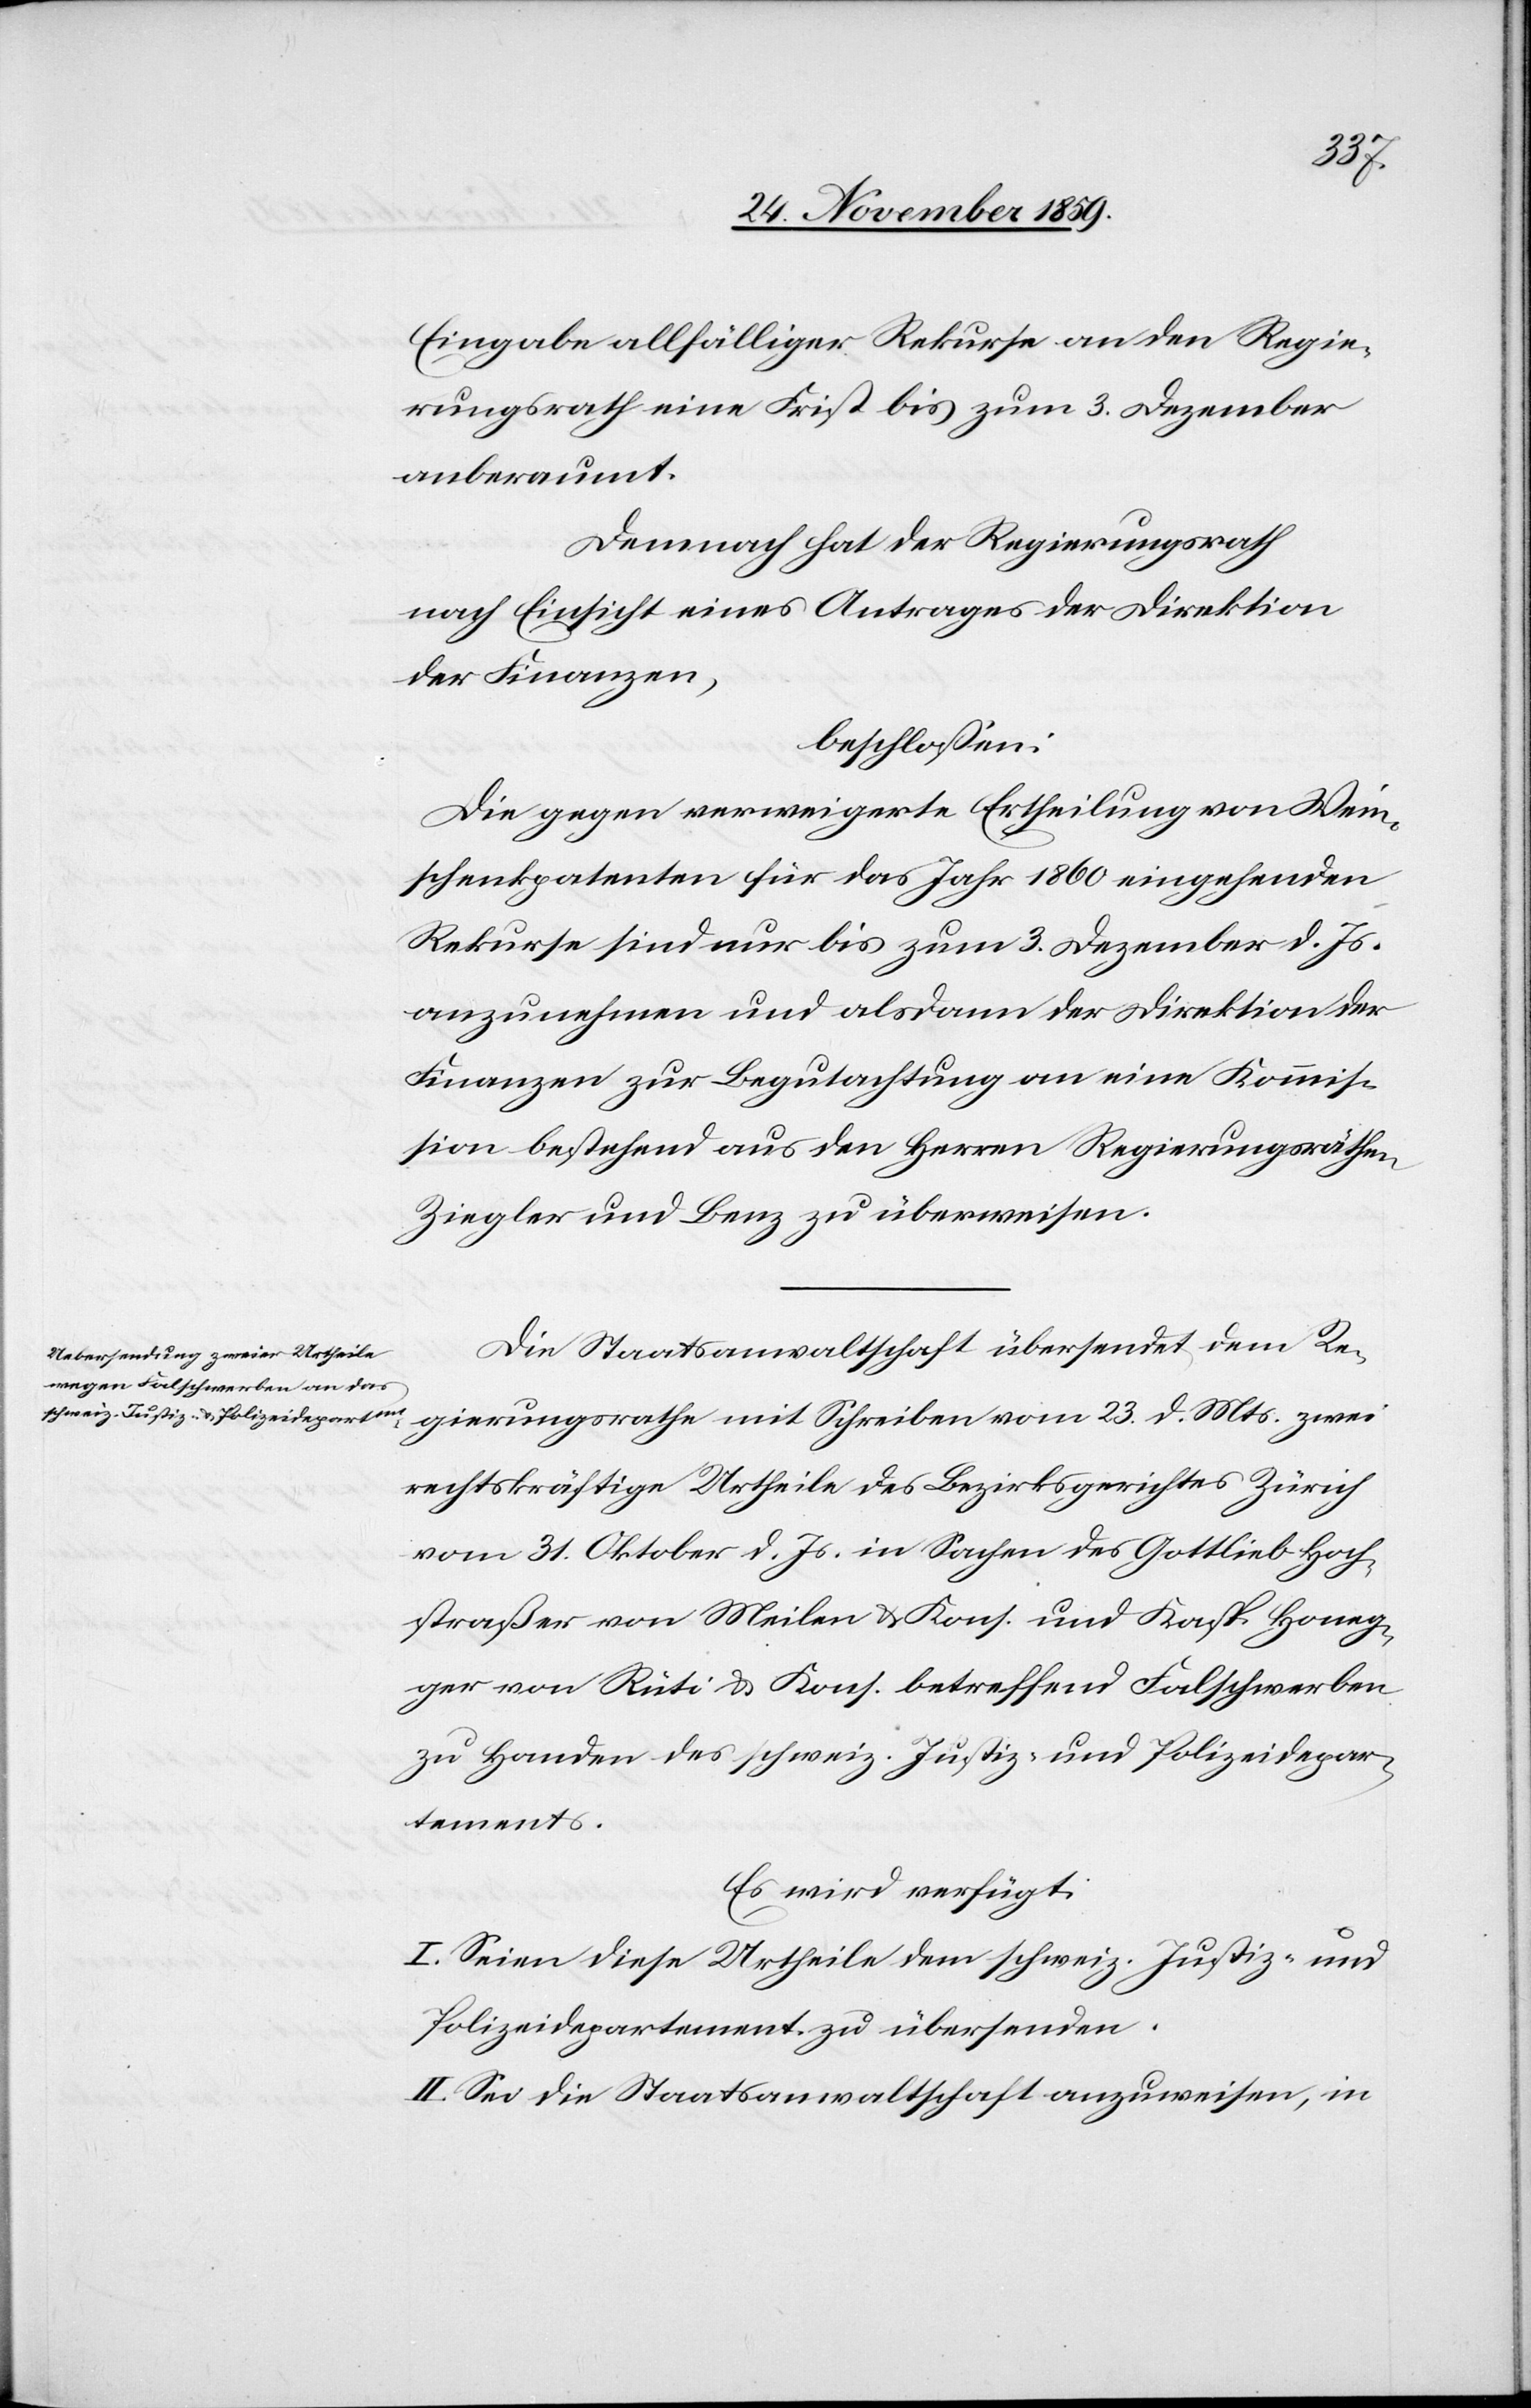
Mts.
Eingabe allfälliger Rekurse an den Regie¬
rungsrath eine Frist bis zum 3. Dezember
anberaumt.
Demnach hat der Regierungsrath
nach Einsicht eines Antrages der Direktion
der Finanzen,
beschlossen:
Die gegen verweigerte Ertheilung von Wein¬
schenkpatenten für das Jahr 1860 eingehenden
Rekurse sind nur bis zum 3. Dezember d. Js.
anzunehmen und alsdann der Direktion der
Finanzen zur Begutachtung an eine Kommis¬
sion bestehend aus den Herren Regierungsräthen
Ziegler und Benz zu überweisen.
Die Staatsanwaltschaft übersendet dem Re¬
rechtskräftige Urtheile des Bezirksgerichtes Zürich
vom 31. Oktober d. Js. in Sachen des Gottlieb Hoch¬
straßer von Meilen & Kons. und Kasp. Honeg¬
ger von Rüti & Kons. betreffend Falschwerben
zu Handen des schweiz. Justiz- und Polizeidepar¬
tements.
Es wird verfügt:
I. Seien diese Urtheile dem schweiz. Justiz- und
Polizeidepartement zu übersenden.
II Sei die Staatsanwaltschaft anzuweisen, in